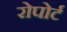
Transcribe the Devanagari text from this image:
रोपोर्ट